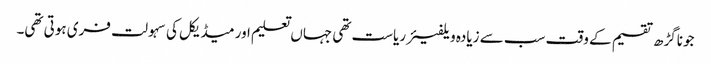
جوناگڑھ تقسیم کے وقت سب سے زیادہ ویلفیئر ریاست تھی جہاں تعلیم اور میڈیکل کی سہولت فری ہوتی تھی۔